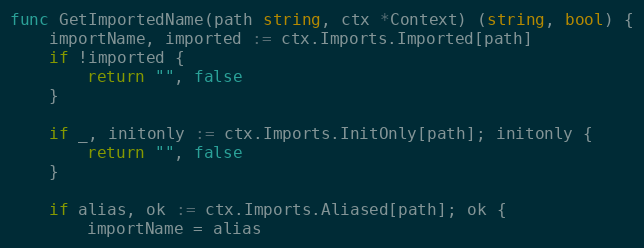
Language: Go
func GetImportedName(path string, ctx *Context) (string, bool) {
	importName, imported := ctx.Imports.Imported[path]
	if !imported {
		return "", false
	}

	if _, initonly := ctx.Imports.InitOnly[path]; initonly {
		return "", false
	}

	if alias, ok := ctx.Imports.Aliased[path]; ok {
		importName = alias